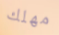
مهلك